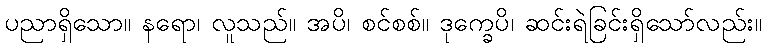
ပညာရှိသော။ နရော၊ လူသည်။ အပိ၊ စင်စစ်။ ဒုက္ခေပိ၊ ဆင်းရဲခြင်းရှိသော်လည်း။